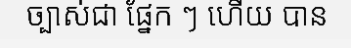
ច្បាស់ជា ផ្នែក ៗ ហើយ បាន